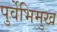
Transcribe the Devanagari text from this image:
पुर्वेभिमुख